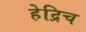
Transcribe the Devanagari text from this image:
हेद्रिच